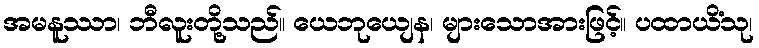
အမနူဿာ၊ ဘီလူးတို့သည်။ ယေဘုယျေန၊ များသောအားဖြင့်။ ပထာယိံသု၊